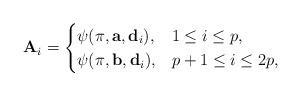
LaTeX: \begin{align*}\mathbf{A}_{i}=\begin{cases}\psi(\pi,\mathbf{a},\mathbf{d}_{i}), &1\leq i\leq p,\\\psi(\pi,\mathbf{b},\mathbf{d}_{i}), &p+1\leq i\leq 2p,\end{cases}\end{align*}